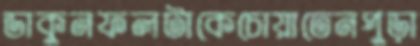
ডাকুনফলটাকেচোয়াতেনপুড়া